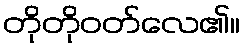
တိုတိုဝတ်လေ၏။